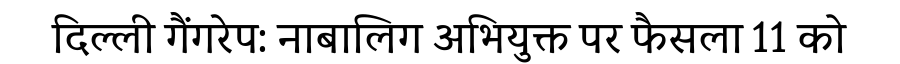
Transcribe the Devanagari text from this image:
दिल्ली गैंगरेप: नाबालिग अभियुक्त पर फैसला 11 को